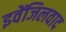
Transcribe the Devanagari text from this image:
इवेंजिलवाद